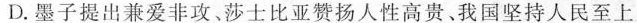
D.墨子提出兼爱非攻、莎士比亚赞扬人性高贵。我国坚持人民至上